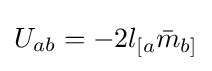
U_{ab}=-2l_{[a}{\bar {m}}_{b]}